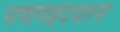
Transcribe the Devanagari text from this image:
पाषाणहृदयाला